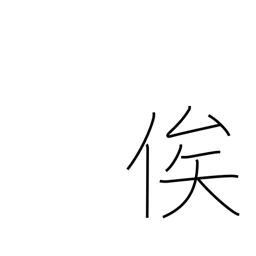
Meaning: depend on